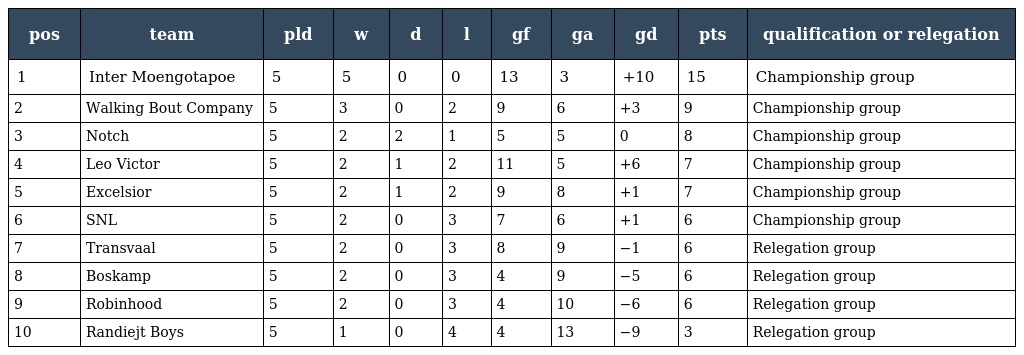
| pos | team | pld | w | d | l | gf | ga | gd | pts | qualification or relegation |
 | --- | --- | --- | --- | --- | --- | --- | --- | --- | --- | --- |
 | 1 | Inter Moengotapoe | 5 | 5 | 0 | 0 | 13 | 3 | +10 | 15 | Championship group |
 | 2 | Walking Bout Company | 5 | 3 | 0 | 2 | 9 | 6 | +3 | 9 | Championship group |
 | 3 | Notch | 5 | 2 | 2 | 1 | 5 | 5 | 0 | 8 | Championship group |
 | 4 | Leo Victor | 5 | 2 | 1 | 2 | 11 | 5 | +6 | 7 | Championship group |
 | 5 | Excelsior | 5 | 2 | 1 | 2 | 9 | 8 | +1 | 7 | Championship group |
 | 6 | SNL | 5 | 2 | 0 | 3 | 7 | 6 | +1 | 6 | Championship group |
 | 7 | Transvaal | 5 | 2 | 0 | 3 | 8 | 9 | −1 | 6 | Relegation group |
 | 8 | Boskamp | 5 | 2 | 0 | 3 | 4 | 9 | −5 | 6 | Relegation group |
 | 9 | Robinhood | 5 | 2 | 0 | 3 | 4 | 10 | −6 | 6 | Relegation group |
 | 10 | Randiejt Boys | 5 | 1 | 0 | 4 | 4 | 13 | −9 | 3 | Relegation group |